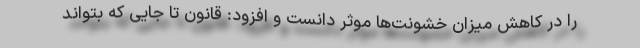
را در کاهش میزان خشونت‌ها موثر دانست و افزود: قانون تا جایی که بتواند